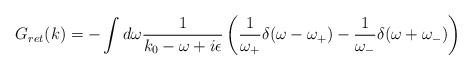
\begin{align*}G_{ret}(k)= - \int d\omega \frac{1}{k_0-\omega+i\epsilon}\left( \frac{1}{\omega_+}\delta(\omega-\omega_+)-\frac{1}{\omega_-}\delta(\omega+\omega_-)\right)\end{align*}